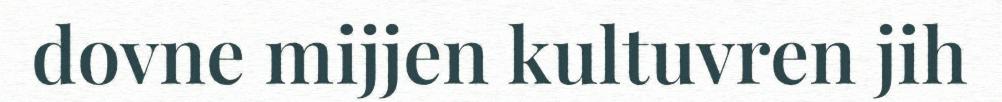
dovne mijjen kultuvren jih